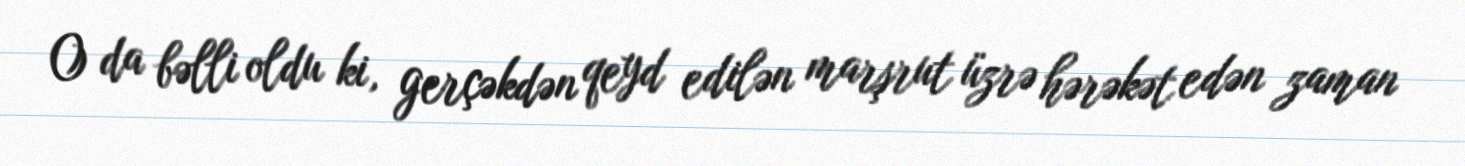
O da bəlli oldu ki, gerçəkdən qeyd edilən marşrut üzrə hərəkət edən zaman